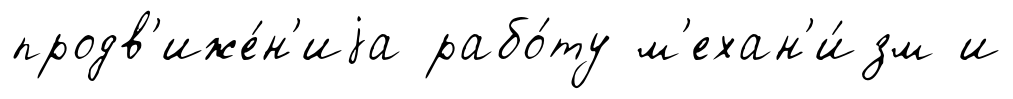
продв'иже́н'иjа рабо́ту м'ехан'и́зм и